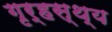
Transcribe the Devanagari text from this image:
गृर्हस्थ्य